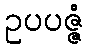
ဥပပဇ္ဇံ